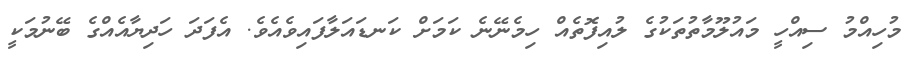
މުހިއްމު ސިއްހީ މައުލޫމާތުތަކުގެ ލުއިފޮތެއް ހިމެނޭނެ ކަމަށް ކަނޑައަލާފައިވެއެވެ. އެފަދަ ހަދިޔާއެއްގެ ބޭނުމަކީ